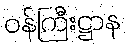
ဝန်ကြီးဋ္ဌာန